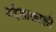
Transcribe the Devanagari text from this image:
उद्देशाखाली